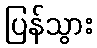
ပြန်သွား